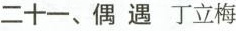
二十一、偶遇丁立梅